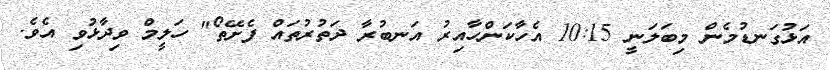
އަޅުގަނޑުމެން މިބަލަނީ 10:15 އެހާކަންހާއިރު އަނބުރާ ދަތުރުތައް ފެށޭތޯ" ހަލީމް ވިދާޅުވި އެވެ.